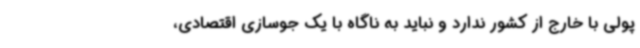
پولی با خارج از کشور ندارد و نباید به ناگاه با یک جوسازی اقتصادی،